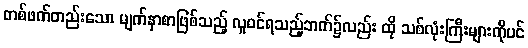
တစ်ဖက်တည်းသော မျက်နှာစာဖြစ်သည့် လူဝင်ရသည့်ဘက်၌လည်း ထို သစ်လုံးကြီးများကိုပင်